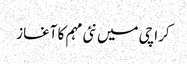
کراچی میں نئی مہم کا آغاز